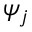
\psi _ { j }